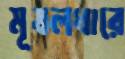
মূষলধারে